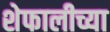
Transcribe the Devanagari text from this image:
शेफालीच्या